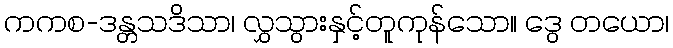
ကကစ-ဒန္တသဒိသာ၊ လွှသွားနှင့်တူကုန်သော။ ဒွေ တယော၊